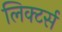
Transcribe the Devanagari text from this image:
लिक्टर्स